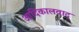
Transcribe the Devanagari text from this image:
आदिकालवाद